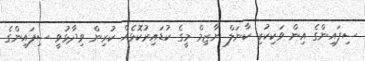
ސިފައިންގެ އިން ވަކިކުރި ކާނަލް ނާޒިމް މީގެ ކުޑައިރުކޮޅެއް ކުރިން ވިދާޅުވީ ސިފައިންގެ